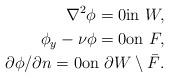
LaTeX: \begin{align*} \nabla^2 \phi = 0 \mbox{in} \ W , \\ \phi_y - \nu \phi = 0 \mbox{on} \ F , \\ \partial \phi / \partial n = 0 \mbox{on} \ \partial W \setminus \bar F . \end{align*}